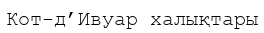
Кот-д’Ивуар халықтары